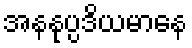
အနနုပ္ပဒိယမာနေ